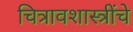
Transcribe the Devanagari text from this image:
चित्रावशास्त्रींचे